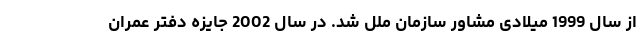
از سال 1999 میلادی مشاور سازمان ملل شد. در سال 2002 جایزه دفتر عمران